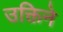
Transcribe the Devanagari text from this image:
उक्तिने